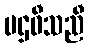
ပဌဝီသညီ